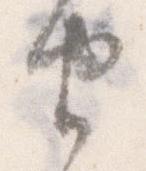
由